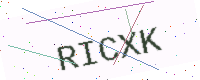
Text: RICXK